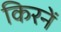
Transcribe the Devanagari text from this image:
किरनें